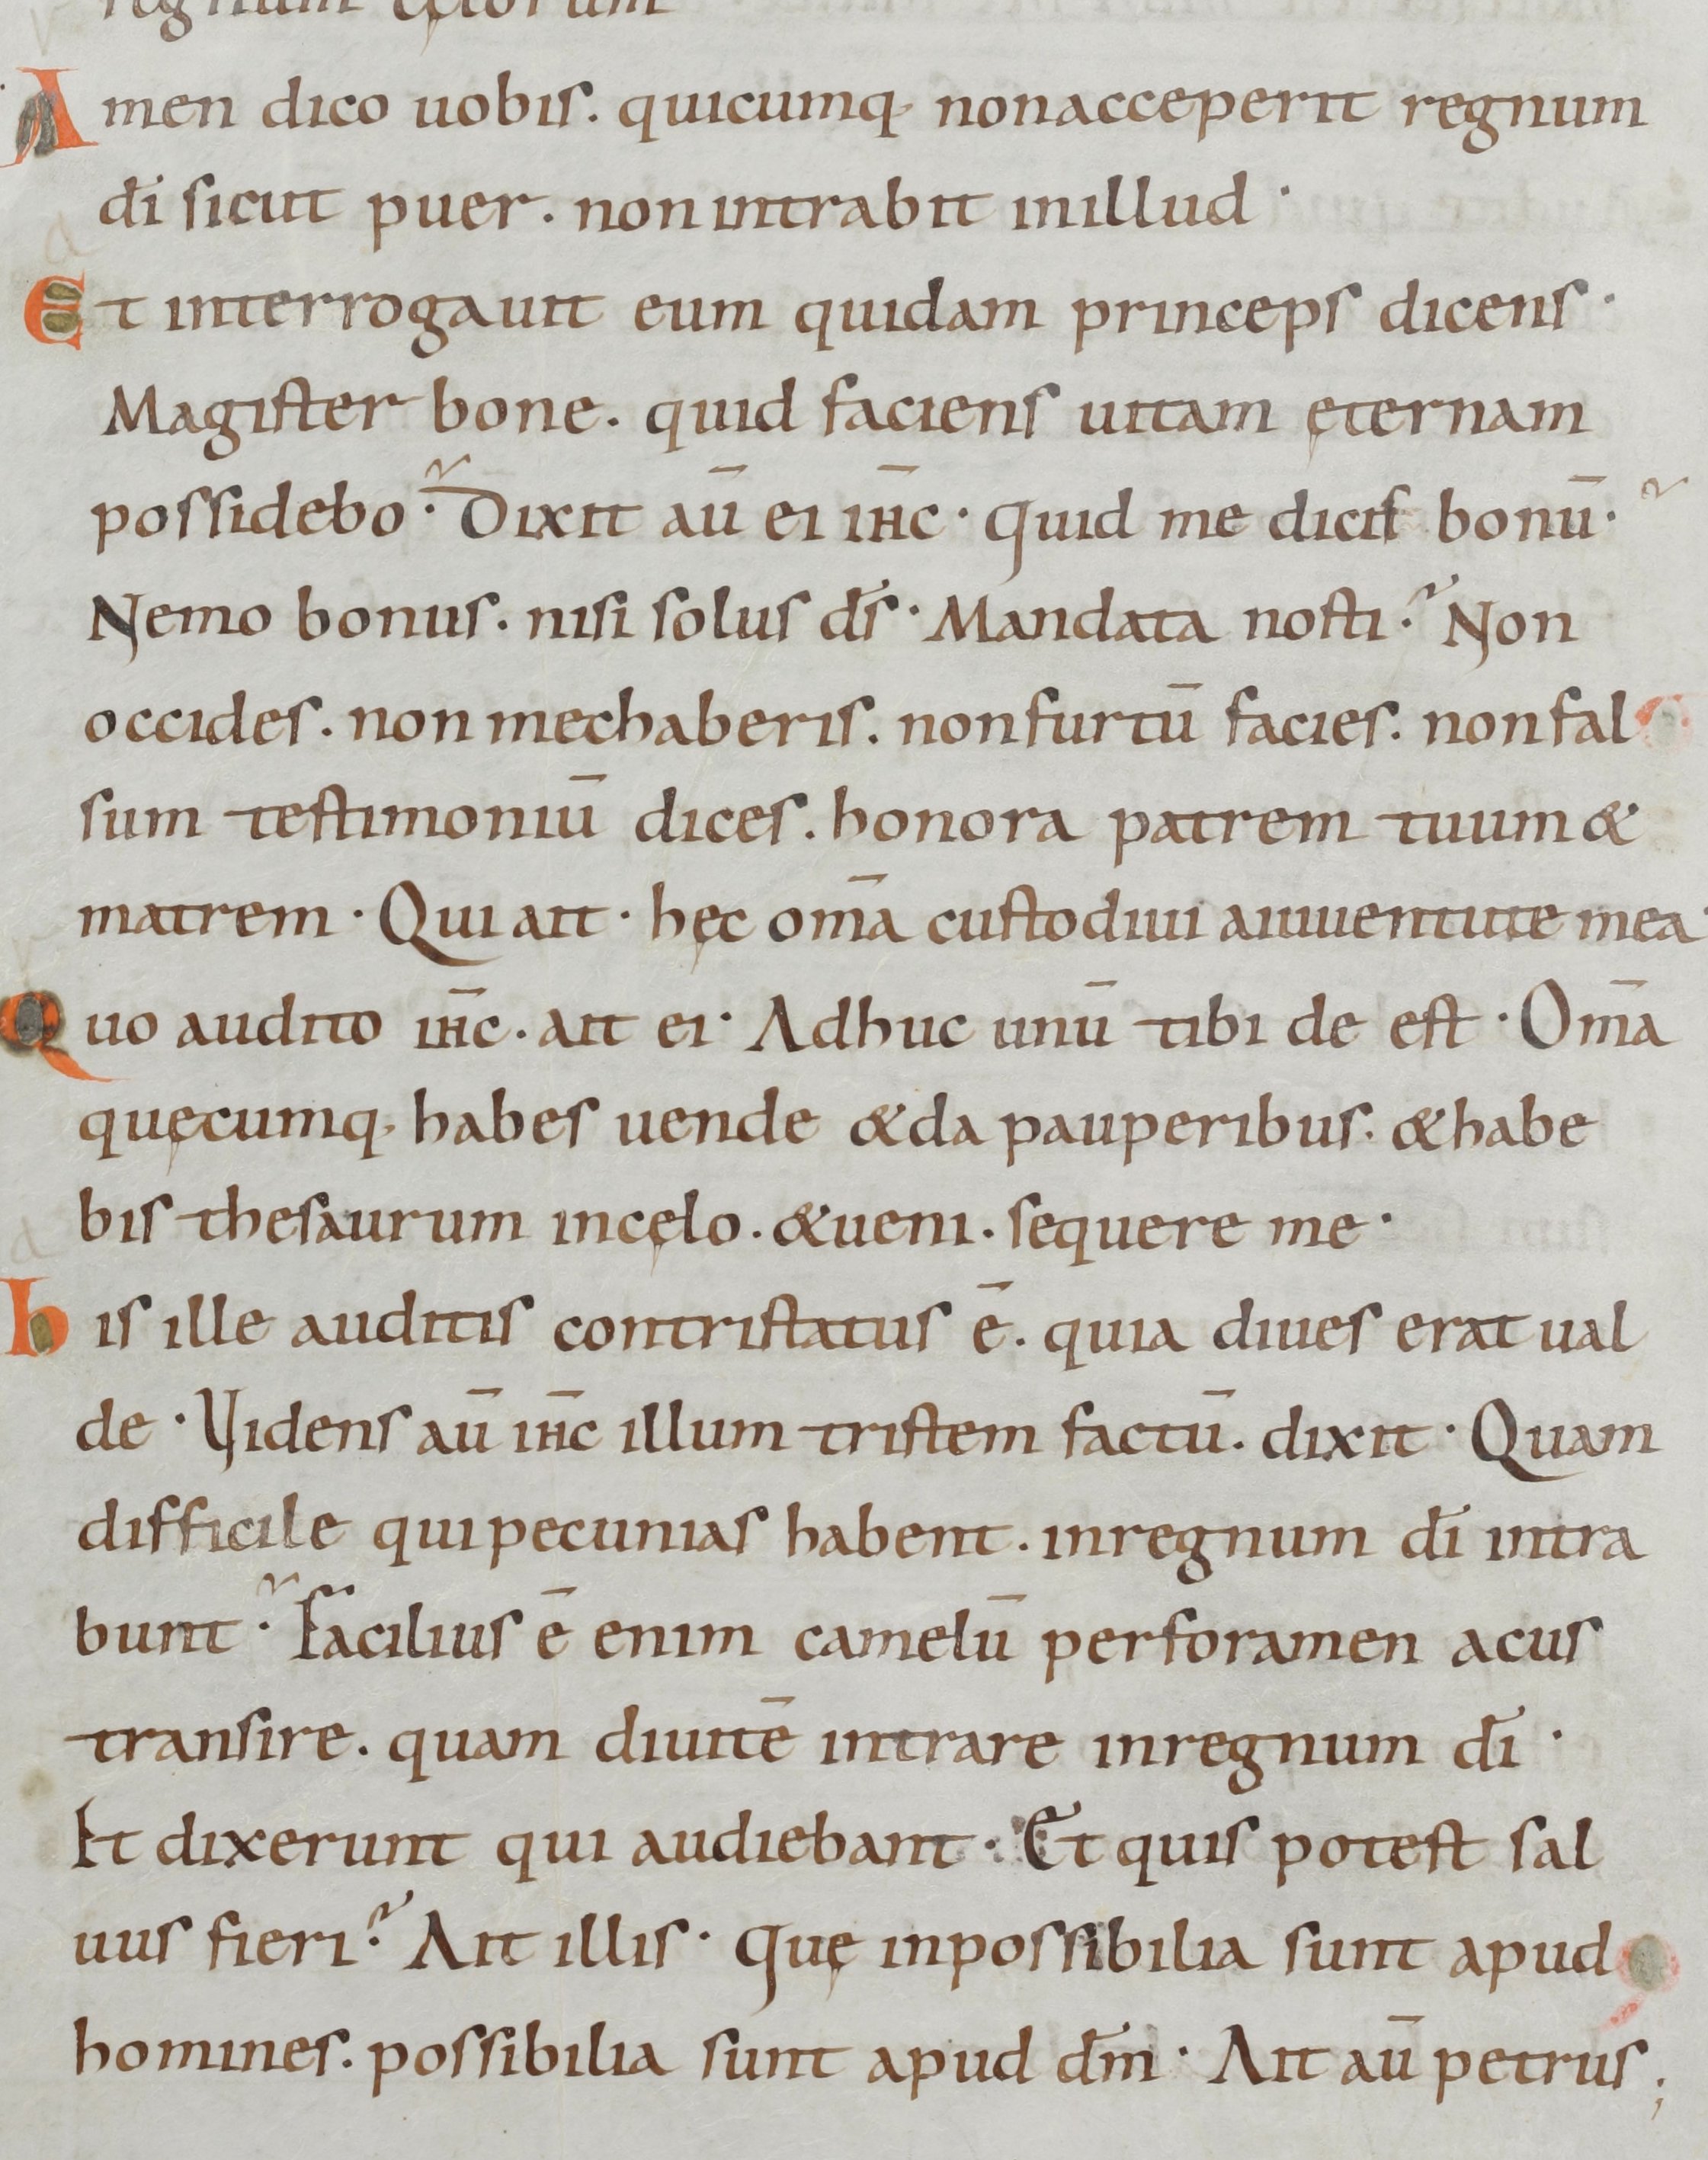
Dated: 885–950